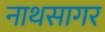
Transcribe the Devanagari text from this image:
नाथसागर